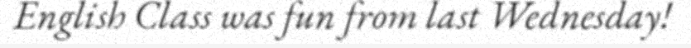
English Class was fun from last Wednesday!